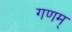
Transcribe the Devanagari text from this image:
गणम्